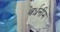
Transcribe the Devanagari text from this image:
वर्धनीम